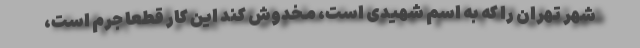
شهر تهران را که به اسم شهیدی است، مخدوش کند این کار قطعا جرم است،